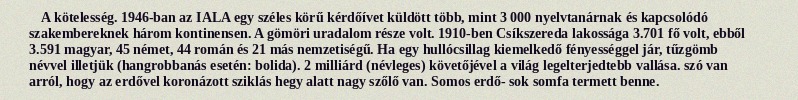
A kötelesség. 1946-ban az IALA egy széles körű kérdőívet küldött több, mint 3 000 nyelvtanárnak és kapcsolódó szakembereknek három kontinensen. A gömöri uradalom része volt. 1910-ben Csíkszereda lakossága 3.701 fő volt, ebből 3.591 magyar, 45 német, 44 román és 21 más nemzetiségű. Ha egy hullócsillag kiemelkedő fényességgel jár, tűzgömb névvel illetjük (hangrobbanás esetén: bolida). 2 milliárd (névleges) követőjével a világ legelterjedtebb vallása. szó van arról, hogy az erdővel koronázott sziklás hegy alatt nagy szőlő van. Somos erdő- sok somfa termett benne.